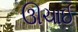
ઊચાઈ